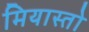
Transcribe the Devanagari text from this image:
मियास्तो